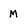
Character: M